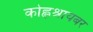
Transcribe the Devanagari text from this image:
कोह्लश्रायबर